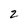
Character: 2